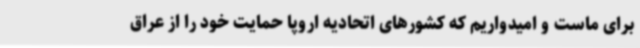
برای ماست و امیدواریم که کشورهای اتحادیه اروپا حمایت خود را از عراق